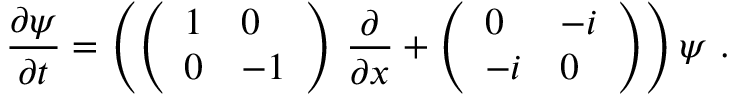
\frac { \partial \psi } { \partial t } = \left( \left( \begin{array} { l l } { { 1 } } & { { 0 } } \\ { { 0 } } & { { - 1 } } \end{array} \right) \, \frac { \partial } { \partial x } + \left( \begin{array} { l l } { { 0 } } & { { - i } } \\ { { - i } } & { { 0 } } \end{array} \right) \right) \psi \ .